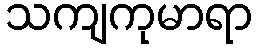
သကျကုမာရာ